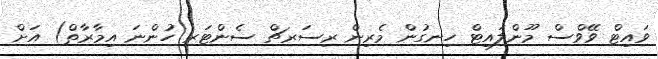
ވައިޓް ވޭވްސް މޫންލައިޓް ހިނގުން މެރިން ރިސަރޗް ސެންޓަރ ހުންނަ އިމާރާތް) އަށް